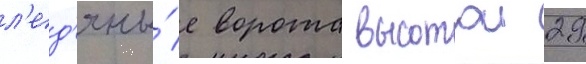
л'ед'яны́е ворота высотои 29